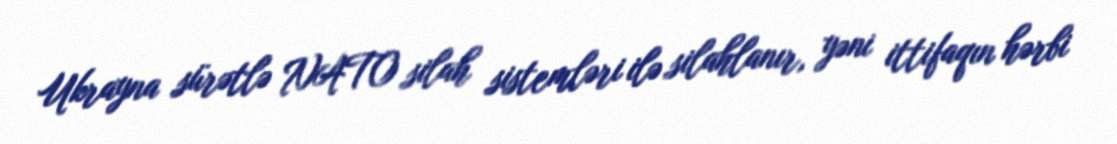
Ukrayna sürətlə NATO silah sistemləri ilə silahlanır, yəni ittifaqın hərbi